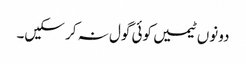
دونوں ٹیمیں کوئی گول نہ کر سکیں۔